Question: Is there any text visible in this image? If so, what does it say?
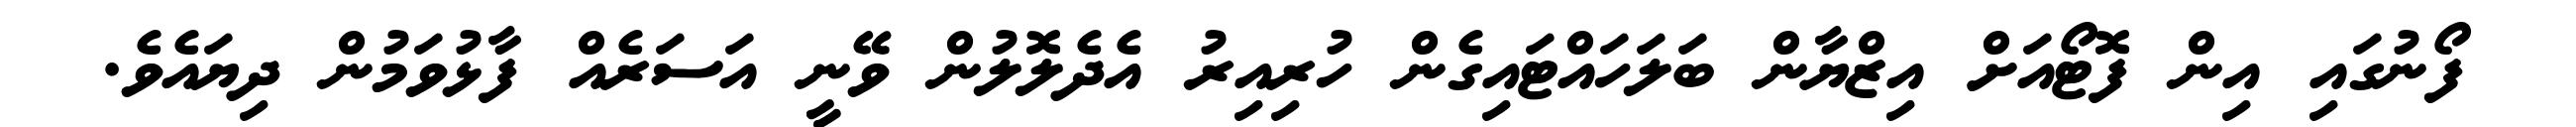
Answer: ފޯނުގައި އިން ފޮޓޯއަށް އިޒްޔާން ބަލަހައްޓައިގެން ހުރިއިރު އެދެލޮލުން ވޭނީ އަސަރެއް ފާޅުވަމުން ދިޔައެވެ.